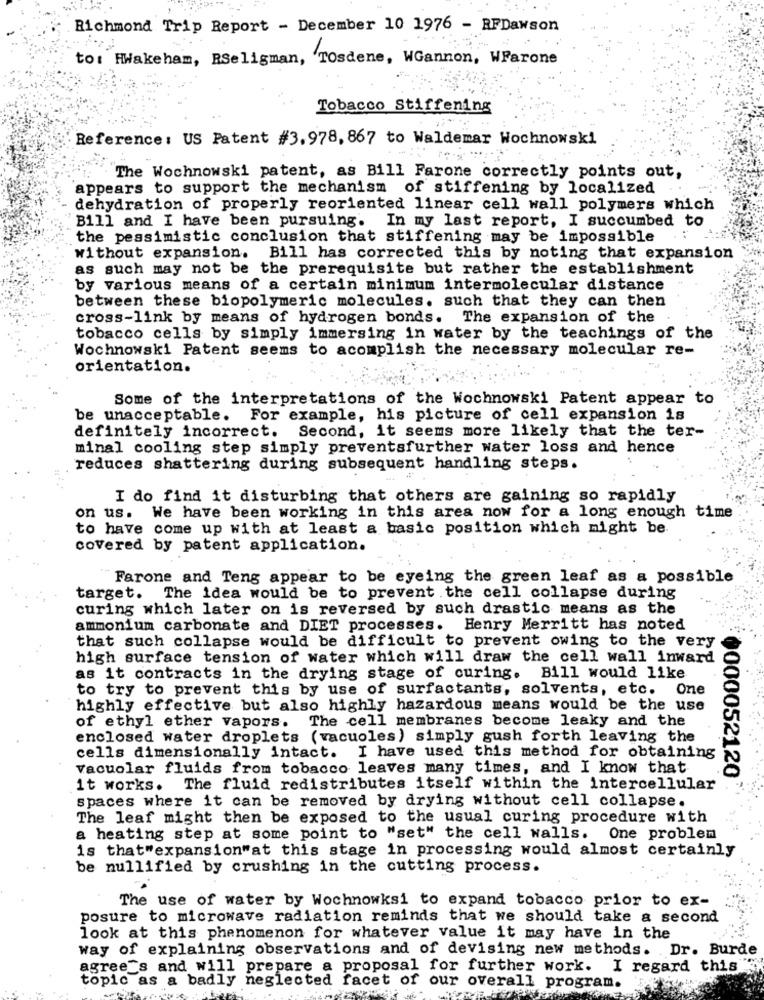
Richmond Trip Report - December 10 1976 - RFDawson
to: HWakeham, RSeligman, 'TOsdene, WGannon, WFarone
Tobacco Stiffening
Reference: US Patent #3.978, 867 to Waldemar Wochnowski
The Wochnowski patent, as Bill Farone correctly points out,
appears to support the mechanism of stiffening by localized
dehydration of properly reoriented linear cell wall polymers which
Bill and I have been pursuing. In my last report, I succumbed to
the pessimistic conclusion that stiffening may be impossible
without expansion. Bill has corrected this by noting that expansion
as such may not be the prerequisite but rather the establishment
by various means of a certain minimum intermolecular distance
between these biopolymeric molecules. such that they can then
cross-link by means of hydrogen bonds. The expansion of the
tobacco cells by simply immersing in water by the teachings of the
Wochnowski Patent seems to acomplish the necessary molecular re-
orientation.
Some of the interpretations of the Wochnowski Patent appear to
be unacceptable. For example, his picture of cell expansion is
Second, it seems more likely that the ter-
definitely incorrect.
minal cooling step simply preventsfurther water loss and hence
reduces shattering during subsequent handling steps.
I do find it disturbing that others are gaining so rapidly
on us.
We have been working in this area now for a long enough time
to have come up with at least a basic position which might be
covered by patent application.
Farone and Teng appear to be eyeing the green leaf as a possible
target. The idea would be to prevent the cell collapse during
curing which later on is reversed by such drastic means as the
ammonium carbonate and DIET processes. Henry Merritt has noted
that such collapse would be difficult to prevent owing to the very
high surface tension of water which will draw the cell wall inward
as it contracts in the drying stage of curing. Bill would like
to try to prevent this by use of surfactants, solvents, etc. One
highly effective but also highly hazardous means would be the use
The cell membranes become leaky and the
of ethyl ether vapors.
enclosed water droplets (vacuoles) simply gush forth leaving the
cells dimensionally intact. I have used this method for obtaining
vacuolar fluids from tobacco leaves many times, and I know that
000052120
it works. The fluid redistributes itself within the intercellular
spaces where it can be removed by drying without cell collapse.
The leaf might then be exposed to the usual curing procedure with
a heating step at some point to "set" the cell walls. One problem
is that"expansion"at this stage in processing would almost certainly
be nullified by crushing in the cutting process.
The use of water by Wochnowksi to expand tobacco prior to ex-
posure to microwave radiation reminds that we should take a second
look at this phenomenon for whatever value it may have in the
way of explaining observations and of devising new methods. Dr. Burde
agree_s and will prepare a proposal for further work. I regard this
topic as a badly neglected facet of our overall program.